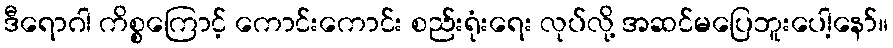
ဒီရောဂါ ကိစ္စကြောင့် ကောင်းကောင်း စည်းရုံးရေး လုပ်လို့ အဆင်မပြေဘူးပေါ့နော်။